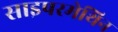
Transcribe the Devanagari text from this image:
साइपरमेथिन